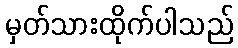
မှတ်သားထိုက်ပါသည်